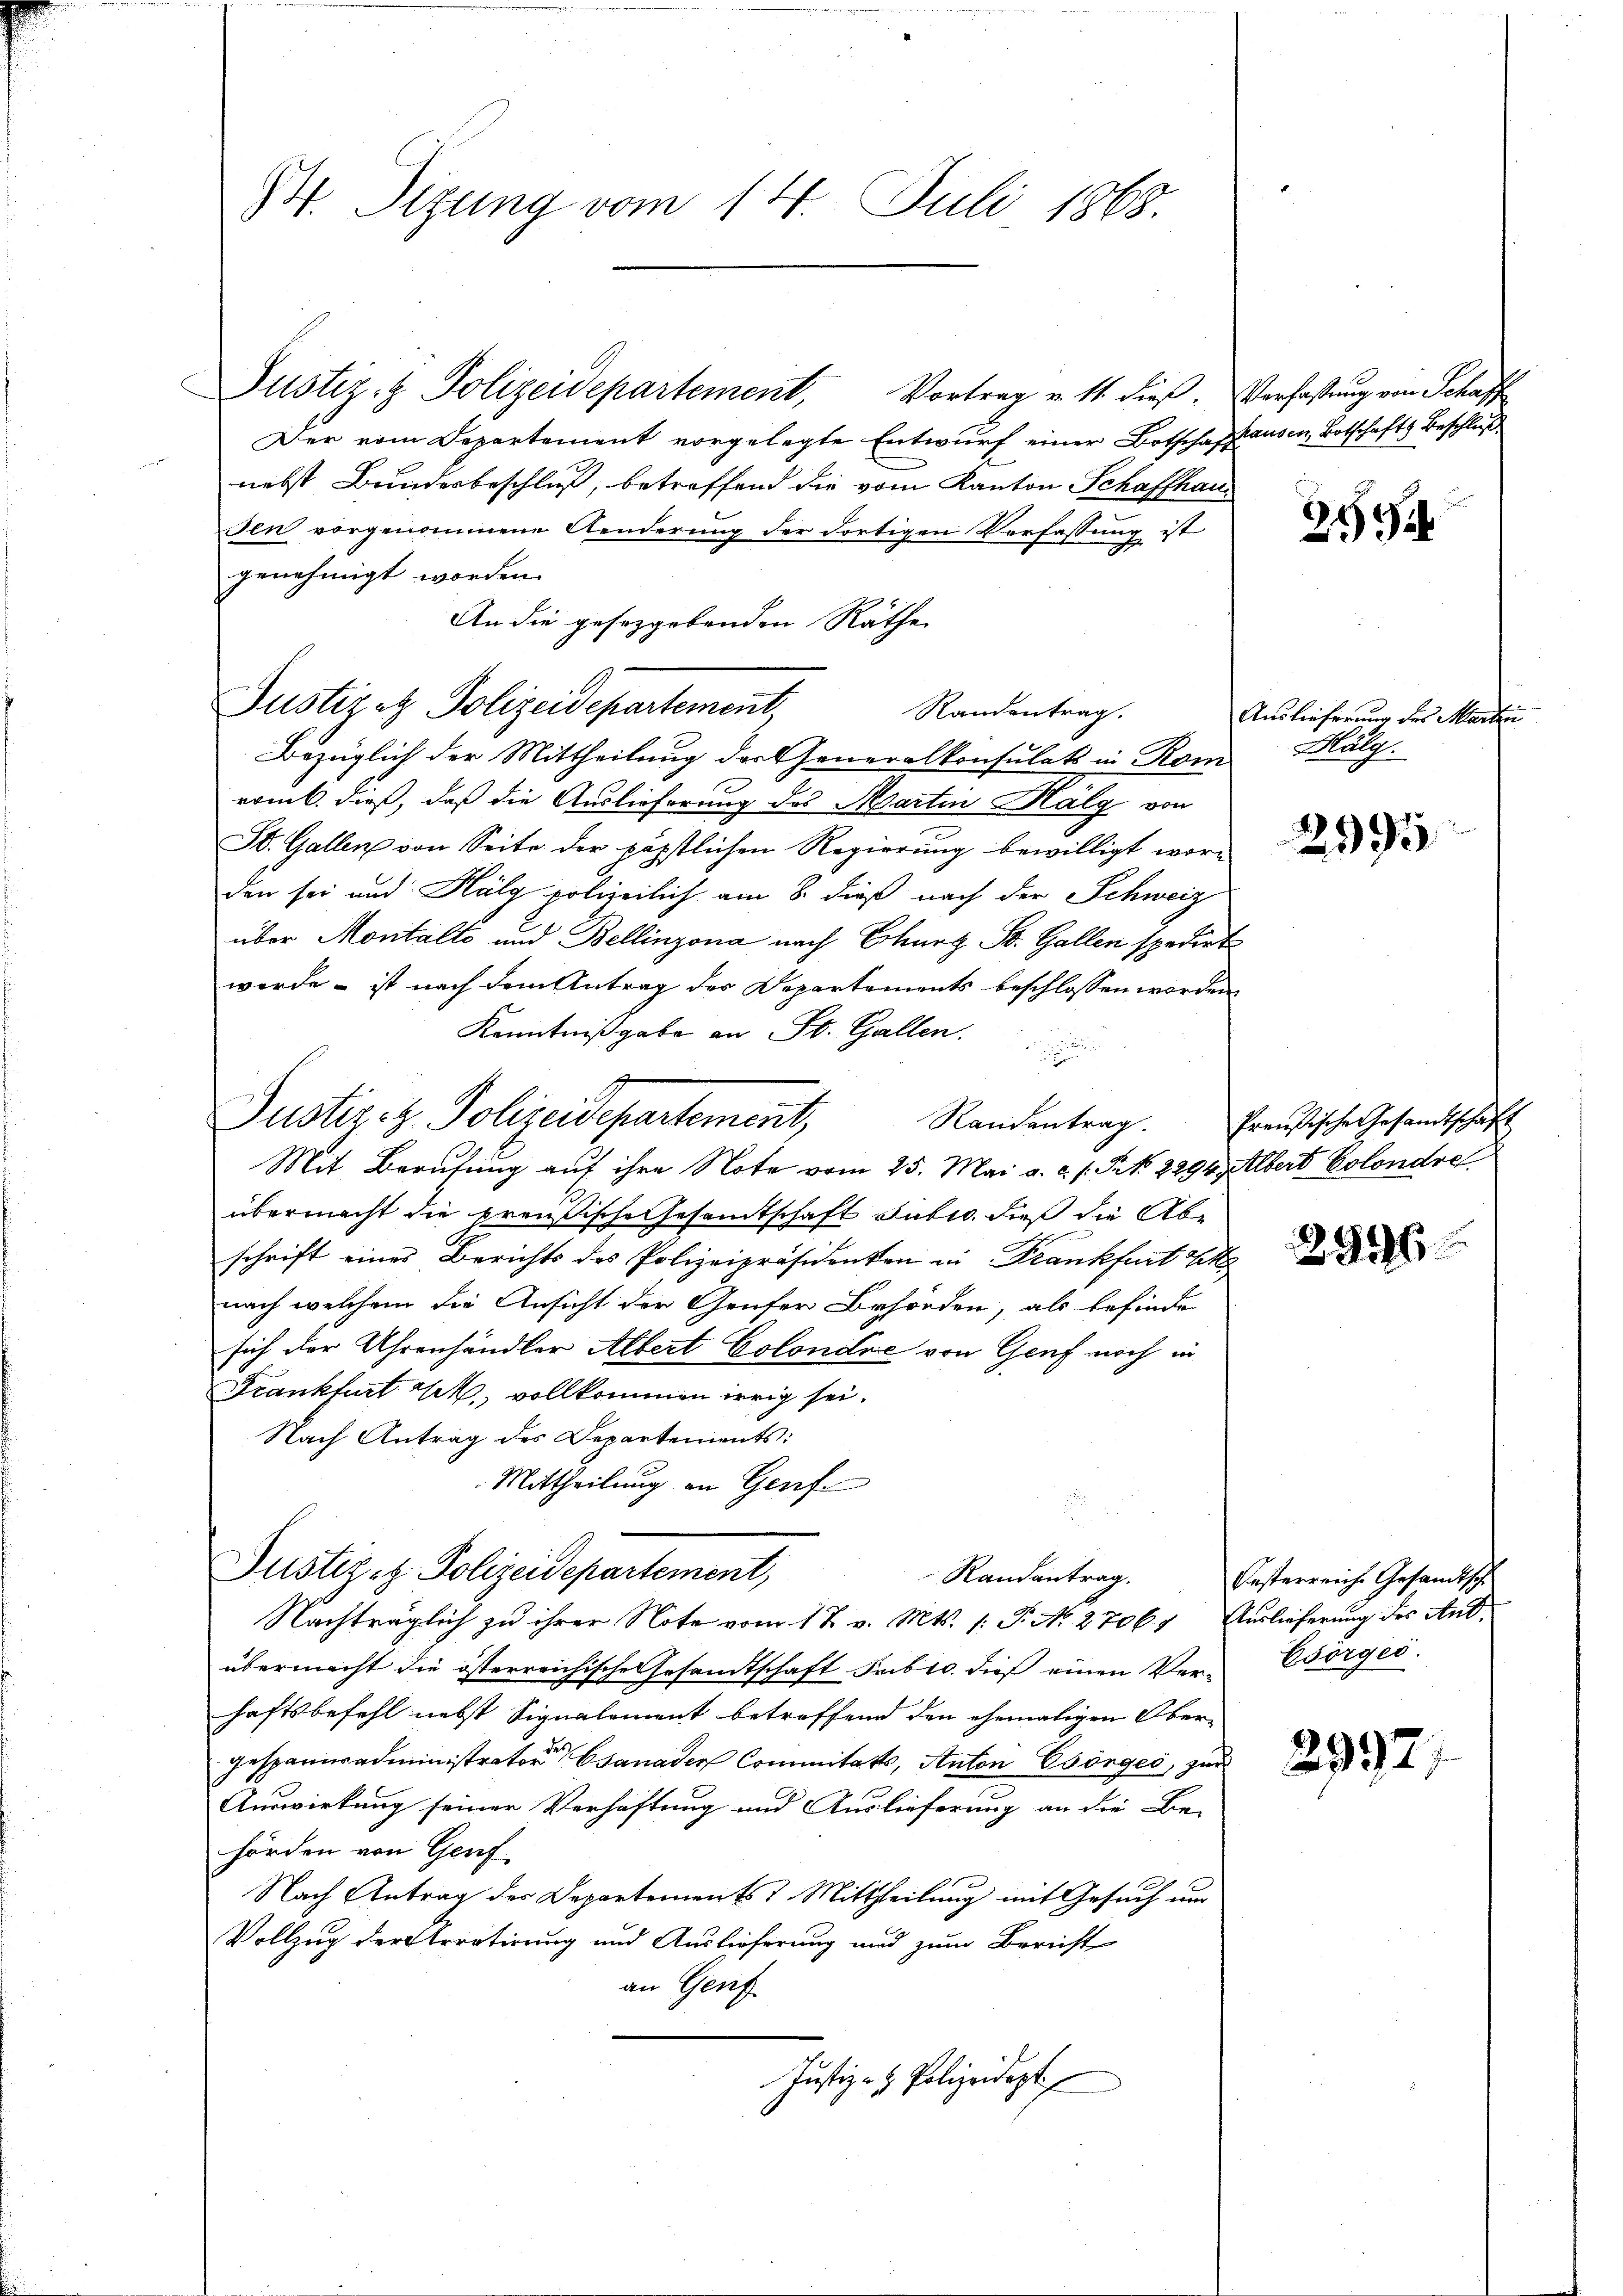
B. Sizung vom 14. Juli 1865.

Justiz- & Polizeidepartement, Vortrag v. 11. dieβ.
Der vom Departement vorgelegte Entwurf einer Botschaft
nebst Bundesbeschluß, betreffend die vom Kanton Schaffhausen vorgenommene Aenderung der dortigen Verfassung ist
genehmigt worden.
An die gesezgebenden Räthe
Bezüglich der Mittheilung der Generalkonsulats in Rom
romb. dieß, daß die Auslieferung des Martin Halg von
St. Gallen von Seite der päpstlichen Regierung bewilligt worden sei und Halg polizeilich am 8. dieß nach der Schweiz
über Montalte und Bellinzona nach Thurt St. Gallen spedirt
werde - ist nach dem Antrag der Departements beschlossen worden
Kenntnißgabe an St. Gallen.
Randentrag.
Mit Berufung auf ihre Note vom 25. Mai a. a. s. S. 2294)
übermacht die preußische Gesamtschaft subro dieß die Abschrift eines Berichts des Polizeipräsidenken in Frankfurt Ehe
nach welchem die Ansicht der Genfer Behörden, als befinde
sich der Uhrenhändler Albert Colondre von Genf noch in
Frankfurt M. vollkommen irrig sei.
Nach Antrag des Departements:
Mittheilung an Genf
Justiz & Polizeidepartement,
Randantrag.
Nachträglich zu ihrer Note vom 17. v. Mts. /: P. N. 2706) Auslieferung des Antübermacht die österreichische Gesandtschaft Fribro dieß einen Ver-
haftsbefehl nebst Signalement betreffend den ehemaligen Ober-
gespaniadministrator Csanaden Commitats, Anton Esönges, zur
Auswirkung seiner Verhaftung und Auslieferung an die Be-
hörden von Genf
Nach Antrag des Departements Mittheilung mit Gesuch um
Vollzug der Strretirung und Auslieferung und zum Bericht
an Genf
Justiz- & Polizeidept

Justiz et Polizeidepartement

Justiz- & Polizeidepartement,

Randentrag.

Verfassung von Schaff
hausen, Botschaft Beschluß

Auslieferung des Marten
Blälg.

Preußische Gesandtschaft
Albert Solondre

249

2995

2996

Oesterreiche Gesandtsch
Esörges.

2992.